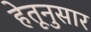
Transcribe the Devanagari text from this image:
हेतूनुसार